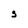
Character: s